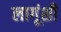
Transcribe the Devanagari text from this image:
लागूंशी